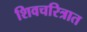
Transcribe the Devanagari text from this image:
शिवचरित्रात